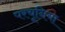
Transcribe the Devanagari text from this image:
परचूनिया